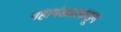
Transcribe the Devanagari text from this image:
महामंडळाकडून